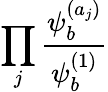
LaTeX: \prod_{j}{\frac{\psi_{b}^{(a_{j})}}{\psi_{b}^{(1)}}}